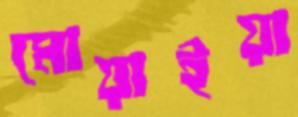
মোয়াইয়া